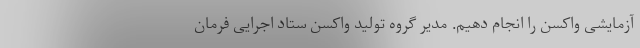
آزمایشی واکسن را انجام دهیم. مدیر گروه تولید واکسن ستاد اجرایی فرمان